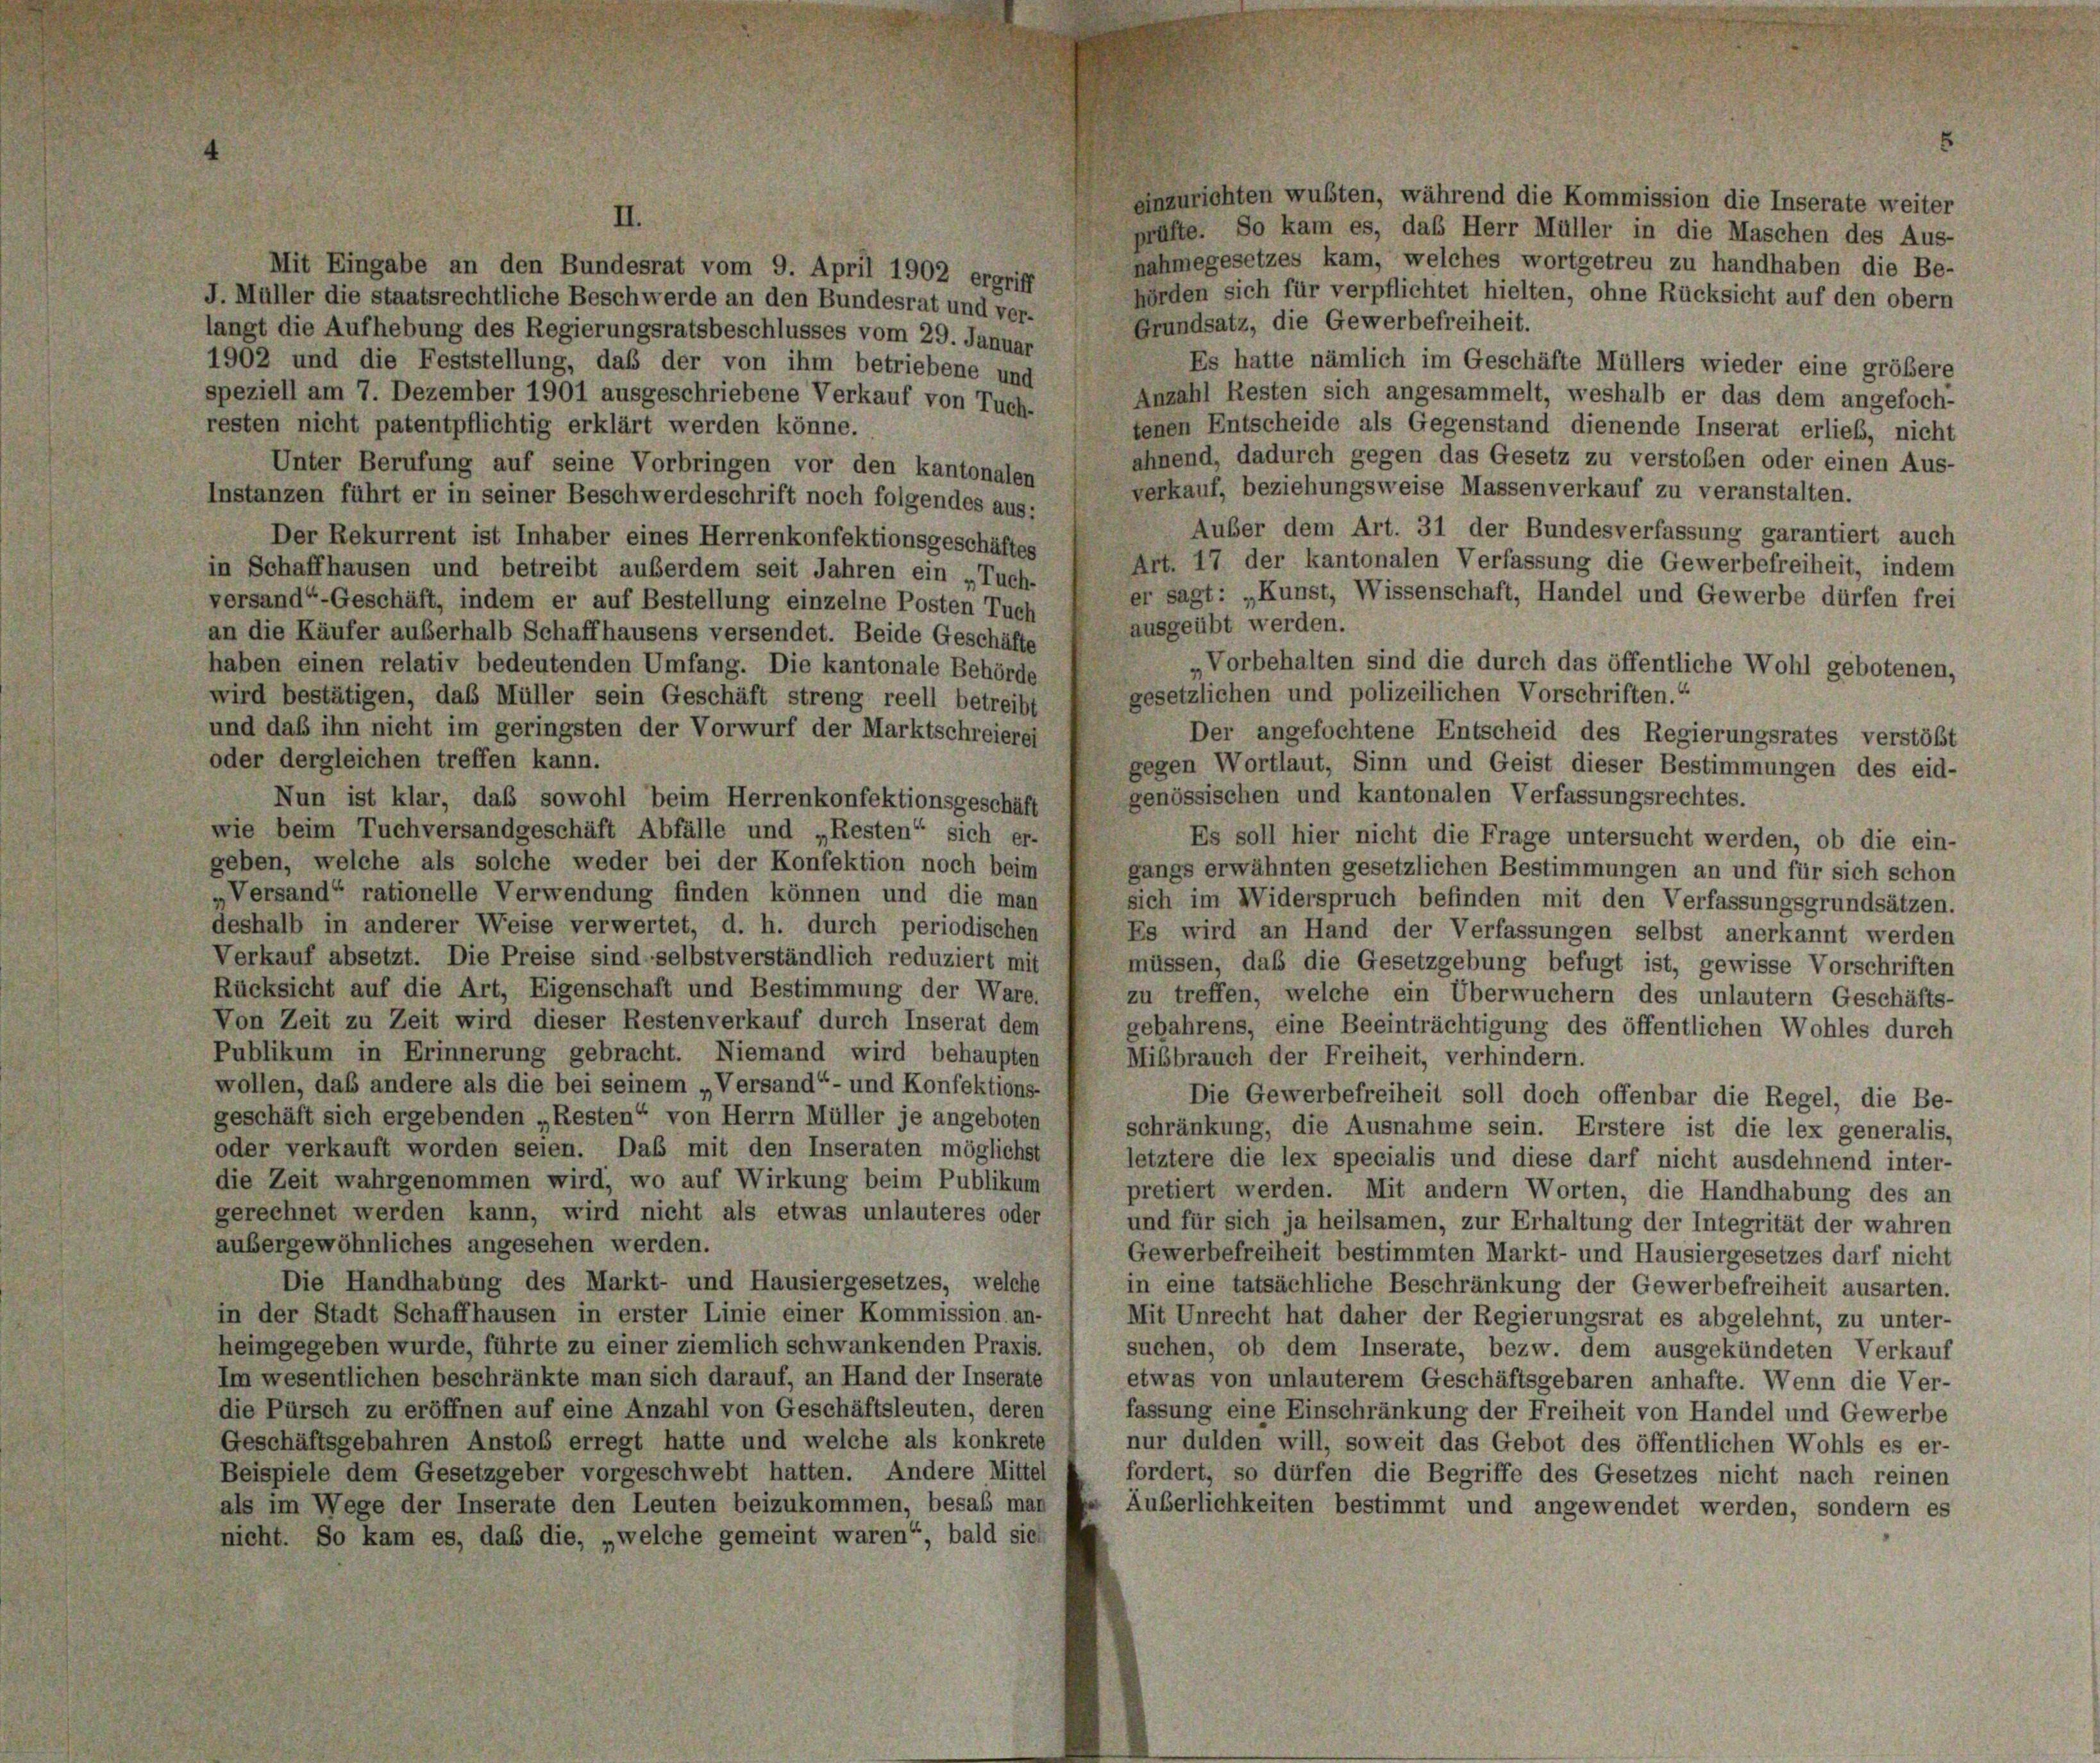
einzurichten wußten, während die Kommission die Inserate weiter
II.
prüfte. So kam es, das Herr Müller in die Maschen des Aus-
nahmegesetzes kam, welches wortgetreu zu handhaben die Be-
Mit Eingabe an den Bundesrat vom 9. April 1902 ergriff
hörden sich für verpflichtet hielten, ohne Rücksicht auf den obern
J. Müller die staatsrechtliche Beschwerde an den Bundesrat und ver-
Grundsatz, die Gewerbefreiheit.
langt die Aufhebung des Regierungsratsbeschlusses vom 29. Januar
Es hatte nämlich im Geschäfte Müllers wieder eine größere
1902 und die Feststellung, daß der von ihm betriebene und
speziell am 7. Dezember 1901 ausgeschriebene Verkauf von Tuch-
Anzahl Resten sich angesammelt, weshalb er das dem angefoch-
resten nicht patentpflichtig erklärt werden könne.
tenen Entscheide als Gegenstand dienende Inserat erlieb, nicht
ahnend, dadurch gegen das Gesetz zu verstoben oder einen Aus-
Unter Berufung auf seine Vorbringen vor den kantonalen
verkauf, beziehungsweise Massenverkauf zu veranstalten.
Instanzen führt er in seiner Beschwerdeschrift noch folgendes aus:
Auber dem Art. 31 der Bundesverfassung garantiert auch
Der Rekurrent ist Inhaber eines Herrenkonfektionsgeschäftes
Art. 17 der kantonalen Verfassung die Gewerbefreiheit, indem
in Schaffhausen und betreibt außerdem seit Jahren ein „Tuch-
er sagt: „Kunst, Wissenschaft, Handel und Gewerbe dürfen frei
versand“-Geschäft, indem er auf Bestellung einzelne Posten Tuch
ausgeübt werden.
an die Käufer außerhalb Schaffhausens versendet. Beide Geschäfte
„Vorbehalten sind die durch das öffentliche Wohl gebotenen,
haben einen relativ bedeutenden Umfang. Die kantonale Behörde
gesetzlichen und polizeilichen Vorschriften.“
wird bestätigen, das Müller sein Geschäft streng reell betreibt
und daß ihn nicht im geringsten der Vorwurf der Marktschreierei
Der angefochtene Entscheid des Regierungsrates verstößt
oder dergleichen treffen kann.
gegen Wortlaut, Sinn und Geist dieser Bestimmungen des eid-
genössischen und kantonalen Verfassungsrechtes.
Nun ist klar, daß sowohl beim Herrenkonfektionsgeschäft
wie beim Tuchversandgeschäft Abfälle und „Resten“ sich er-
Es soll hier nicht die Frage untersucht werden, ob die ein-
geben, welche als solche weder bei der Konfektion noch beim
gangs erwähnten gesetzlichen Bestimmungen an und für sich schon
„Versand“ rationelle Verwendung finden können und die man
sich im Widerspruch befinden mit den Verfassungsgrundsätzen.
deshalb in anderer Weise verwertet, d. h. durch periodischen
Es wird an Hand der Verfassungen selbst anerkannt werden
Verkauf absetzt. Die Preise sind selbstverständlich reduziert mit
müssen, daß die Gesetzgebung befugt ist, gewisse Vorschriften
Rücksicht auf die Art, Eigenschaft und Bestimmung der Ware.
zu treffen, welche ein Überwuchern des unlautern Geschäfts-
Von Zeit zu Zeit wird dieser Restenverkauf durch Inserat dem
gebahrens, eine Beeinträchtigung des öffentlichen Wohles durch
Publikum in Erinnerung gebracht. Niemand wird behaupten
Mißbrauch der Freiheit, verhindern.
wollen, daß andere als die bei seinem „Versand“- und Konfektions-
Die Gewerbefreiheit soll doch offenbar die Regel, die Be-
geschäft sich ergebenden „Resten“ von Herrn Müller je angeboten
schränkung, die Ausnahme sein. Erstere ist die lex generalis,
oder verkauft worden seien. Das mit den Inseraten möglichst
letztere die lex specialis und diese darf nicht ausdehnend inter-
die Zeit wahrgenommen wird, wo auf Wirkung beim Publikum
pretiert werden. Mit andern Worten, die Handhabung des an
gerechnet werden kann, wird nicht als etwas unlauteres oder
und für sich ja heilsamen, zur Erhaltung der Integrität der wahren
aubergewöhnliches angesehen werden.
Gewerbefreiheit bestimmten Markt- und Hausiergesetzes darf nicht
Die Handhabung des Markt- und Hausiergesetzes, welche
in eine tatsächliche Beschränkung der Gewerbefreiheit ausarten.
in der Stadt Schaffhausen in erster Linie einer Kommission an-
Mit Unrecht hat daher der Regierungsrat es abgelehnt, zu unter-
heimgegeben wurde, führte zu einer ziemlich schwankenden Praxis.
suchen, ob dem Inserate, bezw. dem ausgekündeten Verkauf
Im wesentlichen beschränkte man sich darauf, an Hand der Inserate
etwas von unlauterem Geschäftsgebaren anhafte. Wenn die Ver-
die Pürsch zu eröffnen auf eine Anzahl von Geschäftsleuten, deren
fassung eine Einschränkung der Freiheit von Handel und Gewerbe
Geschäftsgebahren Anstoß erregt hatte und welche als konkrete
nur dulden will, soweit das Gebot des öffentlichen Wohls es er-
Beispiele dem Gesetzgeber vorgeschwebt hatten. Andere Mittel
fordert, so dürfen die Begriffe des Gesetzes nicht nach reinen
als im Wege der Inserate den Leuten beizukommen, besab man
Äuberlichkeiten bestimmt und angewendet werden, sondern es
nicht. So kam es, daß die, „welche gemeint waren“, bald sich